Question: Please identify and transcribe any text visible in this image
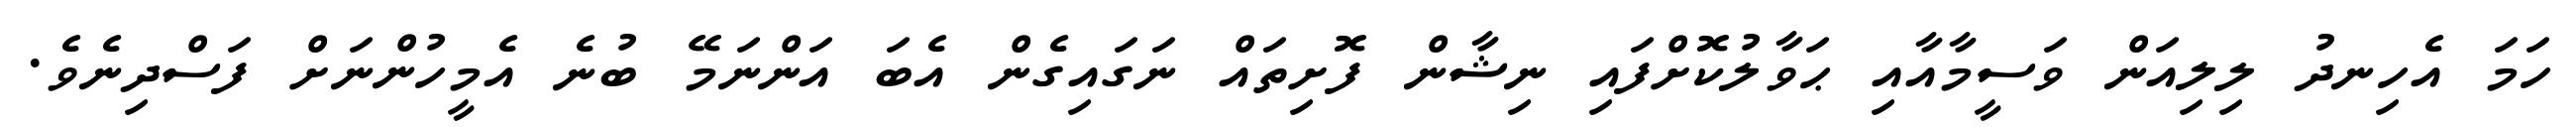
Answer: ހަމަ އެހިނދު ލިލިއަން ވަސީމާއާއި ޙަވާލުކޮށްފައި ނިޝާން ފޮށިތައް ނަގައިގެން އެބަ އަންނަމޭ ބުނެ އެމީހުންނަށް ފަސްދިނެވެ.